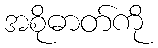
အစိုဓာတ်ကို